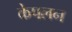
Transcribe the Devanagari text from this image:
केपलन